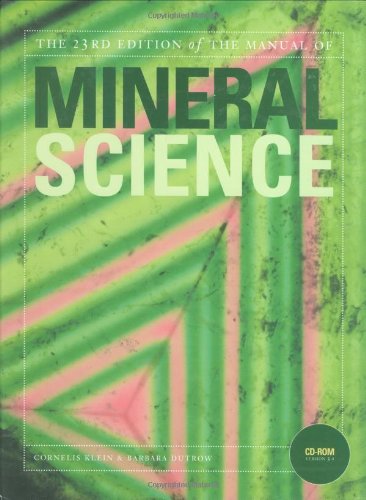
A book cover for Manual of Mineral Science; Cornelis Klein; Science & Math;